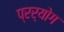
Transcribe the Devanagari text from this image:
प्रर्योग